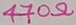
Text: 470Ω